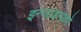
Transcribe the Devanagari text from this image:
इन्जाइमको